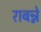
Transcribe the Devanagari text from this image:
राबन्ने